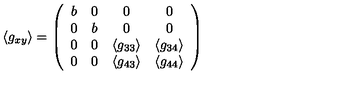
\langle g _ { x y } \rangle = \left( \begin{array} { c c c c } { b } & { 0 } & { 0 } & { 0 } \\ { 0 } & { b } & { 0 } & { 0 } \\ { 0 } & { 0 } & { \langle g _ { 3 3 } \rangle } & { \langle g _ { 3 4 } \rangle } \\ { 0 } & { 0 } & { \langle g _ { 4 3 } \rangle } & { \langle g _ { 4 4 } \rangle } \\ \end{array} \right)